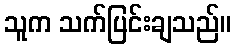
သူက သက်ပြင်းချသည်။